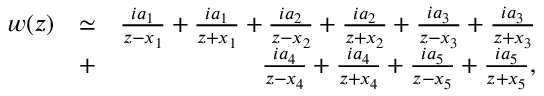
\begin{array} { r l r } { w ( z ) } & { \simeq } & { \frac { i a _ { 1 } } { z - x _ { 1 } } + \frac { i a _ { 1 } } { z + x _ { 1 } } + \frac { i a _ { 2 } } { z - x _ { 2 } } + \frac { i a _ { 2 } } { z + x _ { 2 } } + \frac { i a _ { 3 } } { z - x _ { 3 } } + \frac { i a _ { 3 } } { z + x _ { 3 } } } \\ & { + } & { \frac { i a _ { 4 } } { z - x _ { 4 } } + \frac { i a _ { 4 } } { z + x _ { 4 } } + \frac { i a _ { 5 } } { z - x _ { 5 } } + \frac { i a _ { 5 } } { z + x _ { 5 } } , } \end{array}